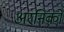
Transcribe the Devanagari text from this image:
अरनिको